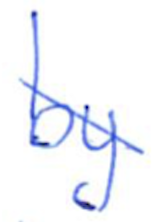
Text: by
Cross-out: diagonal
Writing tool: ballpoint